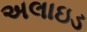
અલાઇડ